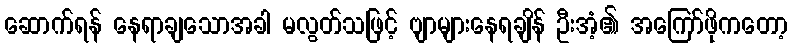
ဆောက်ရန် နေရာချသောအခါ မလွတ်သဖြင့် ဗျာများနေရချိန် ဦးအံ့၏ အကြော်ဖိုကတော့